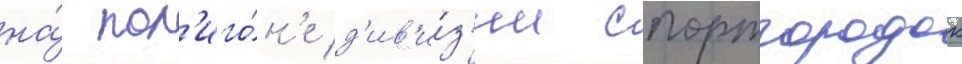
на́ пол'иго́н'е д'ив'и́з'ии спортгородок